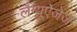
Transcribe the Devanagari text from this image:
लैंग्यूऐजेज